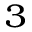
_ 3